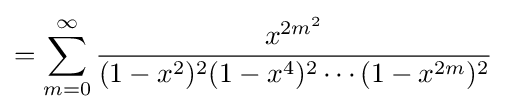
=\sum _{m=0}^{\infty }{\frac {x^{2m^{2}}}{(1-x^{2})^{2}(1-x^{4})^{2}\cdots (1-x^{2m})^{2}}}